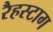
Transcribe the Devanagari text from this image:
रैहस्टाग